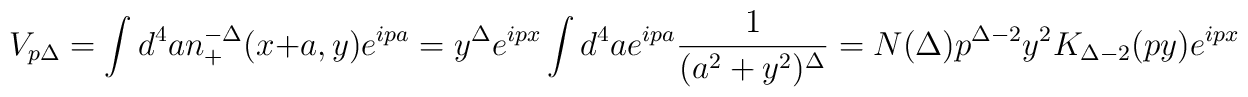
V_{p\Delta }=\int d^{4}an_{+}^{-\Delta }(x+a,y)e^{ipa}=y^{\Delta}e^{ipx}\int d^{4}ae^{ipa}\frac{1}{(a^{2}+y^{2})^{\Delta }}=N(\Delta)p^{\Delta -2}y^{2}K_{\Delta -2}(py)e^{ipx}